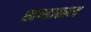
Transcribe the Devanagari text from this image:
खण्डाकाव्य